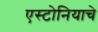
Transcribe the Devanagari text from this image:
एस्टोनियाचे